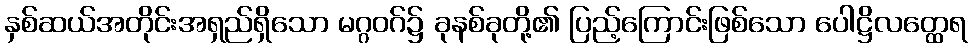
နှစ်ဆယ်အတိုင်းအရှည်ရှိသော မဂ္ဂဝဂ်၌ ခုနစ်ခုတို့၏ ပြည့်ကြောင်းဖြစ်သော ပေါဋ္ဌိလတ္ထေရ